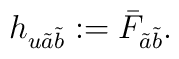
h_{u\tilde{a}\tilde{b}}:=\bar{F}_{\tilde{a}\tilde{b}}.